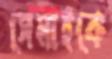
সেমাইকে